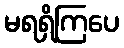
မရရှိကြပေ